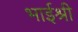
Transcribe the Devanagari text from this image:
भाईश्री